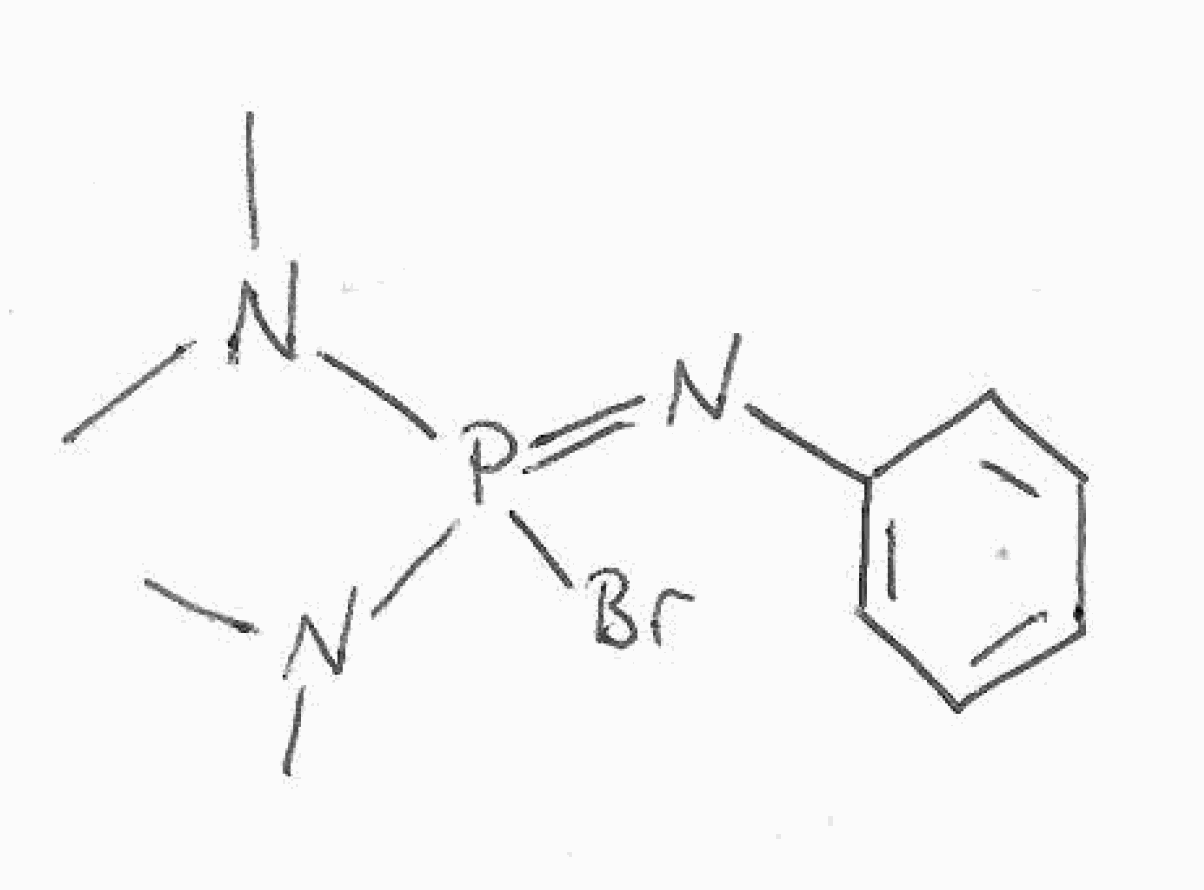
Simplified molecular-input line-entry system (SMILES) notation of the given molecule:
CN(C)P(=NC1=CC=CC=C1)(N(C)C)Br